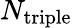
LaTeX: N_{\mathrm{triple}}